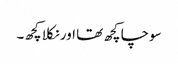
سوچا کچھ تھا اور نکلا کچھ۔